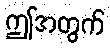
ဤအတွက်